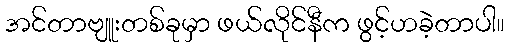
အင်တာဗျူးတစ်ခုမှာ ဖယ်လိုင်နီက ဖွင့်ဟခဲ့တာပါ။